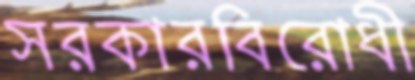
সরকারবিরোধী